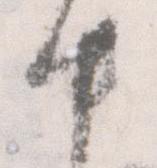
中